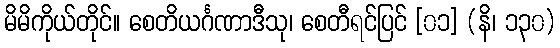
မိမိကိုယ်တိုင်။ စေတိယင်္ဂဏာဒီသု၊ စေတီရင်ပြင် [၀၁] (နိ၊ ၁၃၀)